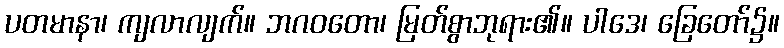
ပတမာနာ၊ ကျလာလျက်။ ဘဂဝတော၊ မြတ်စွာဘုရား၏။ ပါဒေ၊ ခြေတော်၌။